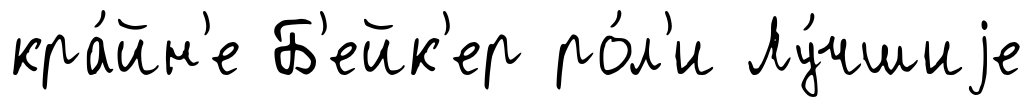
кра́йн'е Б'ейк'ер ро́л'и Лу́чшиjе